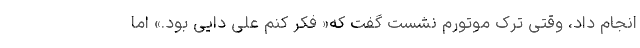
انجام داد، وقتی ترک موتورم نشست گفت که« فکر کنم علی دایی بود.» اما